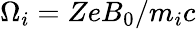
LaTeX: \Omega_{i}=ZeB_{0}/m_{i}c